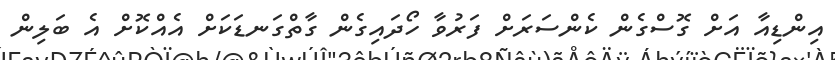
އިންޑިއާ އަށް ގޮސްގެން ކެންސަރަށް ފަރުވާ ހޯދައިގެން ގާތްގަނޑަކަށް އެއްކޮށް އެ ބަލިން